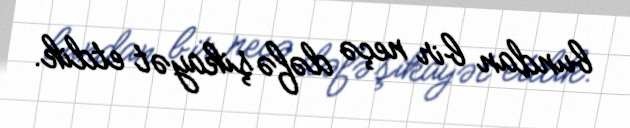
bundan bir neçə dəfə şikayət etdik.